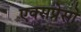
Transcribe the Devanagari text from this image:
एक्सप्रेसो